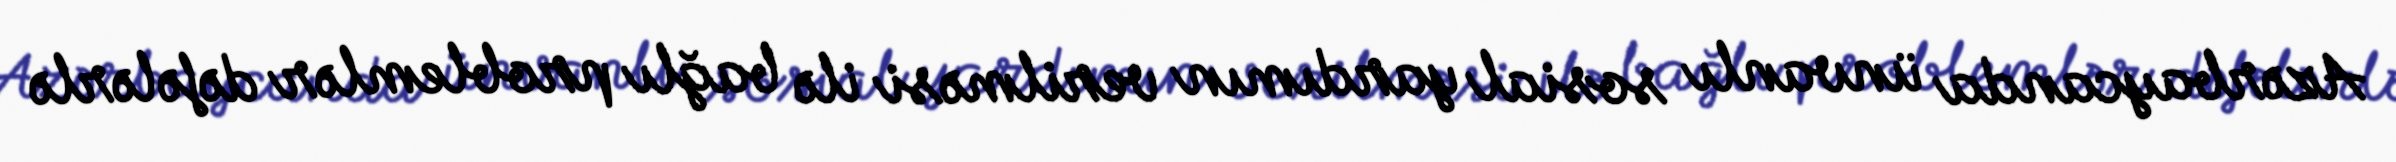
Azərbaycanda ünvanlı sosial yardımın verilməsi ilə bağlı problemlər dəfələrlə